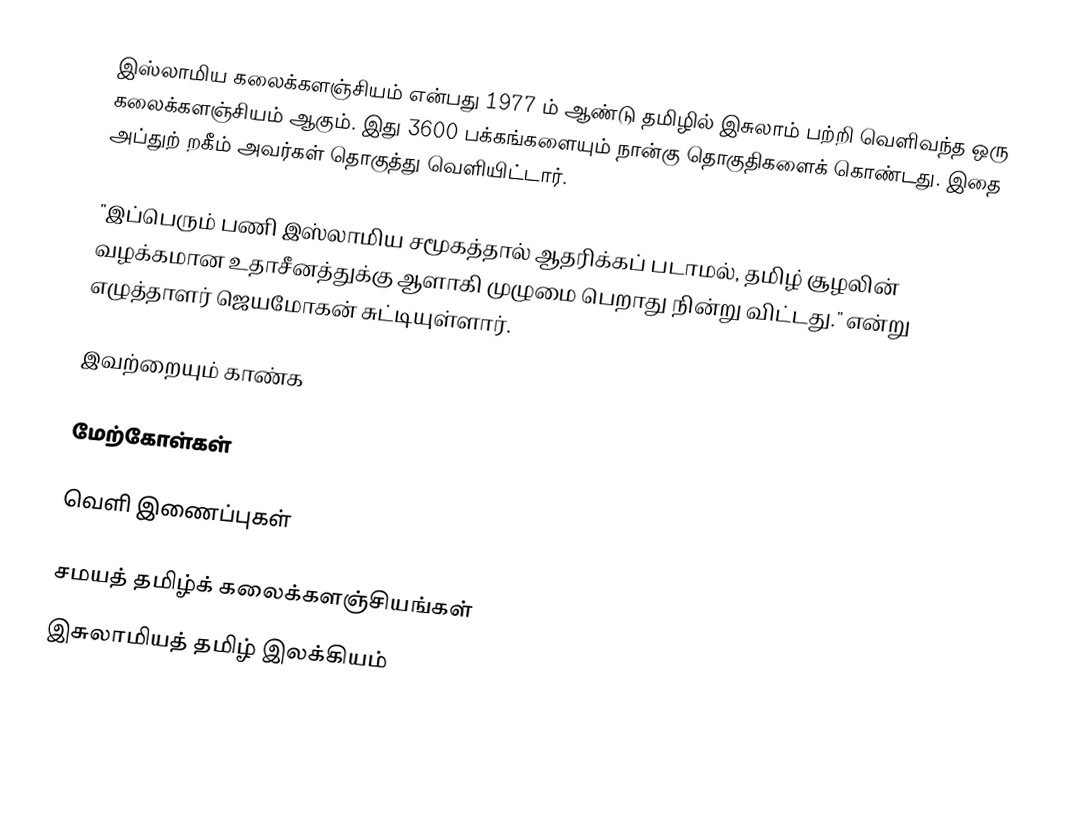
இஸ்லாமிய கலைக்களஞ்சியம் என்பது 1977 ம் ஆண்டு தமிழில் இசுலாம் பற்றி வெளிவந்த ஒரு கலைக்களஞ்சியம் ஆகும். இது 3600 பக்கங்களையும் நான்கு தொகுதிகளைக் கொண்டது.      இதை அப்துற் றகீம் அவர்கள் தொகுத்து வெளியிட்டார்.

"இப்பெரும் பணி இஸ்லாமிய சமூகத்தால் ஆதரிக்கப் படாமல், தமிழ் சூழலின் வழக்கமான உதாசீனத்துக்கு ஆளாகி முழுமை பெறாது நின்று விட்டது." என்று எழுத்தாளர் ஜெயமோகன் சுட்டியுள்ளார்.

இவற்றையும் காண்க

மேற்கோள்கள்

வெளி இணைப்புகள்

சமயத் தமிழ்க் கலைக்களஞ்சியங்கள்
இசுலாமியத் தமிழ் இலக்கியம்